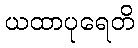
ယထာပုရေတိ